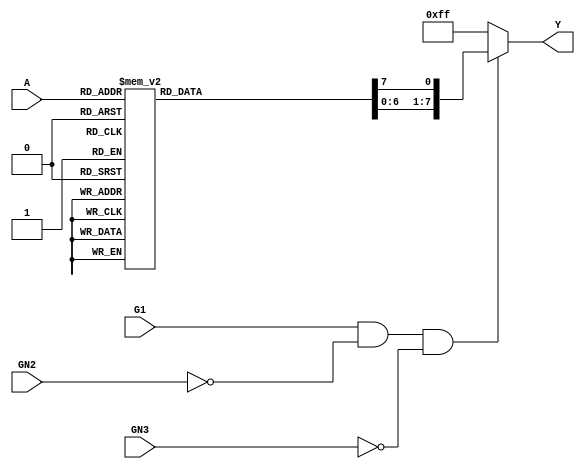
module decoder(A,G1,GN2,GN3,Y);
input [2:0]A;
input G1, GN2, GN3;
output [7:0]Y;
reg [7:0]Y;
assign EN = G1 & ~GN2 & ~GN3;

always @(A, G1, GN2, GN3)
   begin
      if(EN == 1)
         begin
            Y = 8'd255;
			case(A)
			   3'b000: Y[0] = 1'b0;
               3'b001: Y[1] = 1'b0;
               3'b010: Y[2] = 1'b0;
               3'b011: Y[3] = 1'b0;
               3'b100: Y[4] = 1'b0;
               3'b101: Y[5] = 1'b0;
               3'b110: Y[6] = 1'b0;
               3'b111: Y[7] = 1'b0;
               default: Y = 8'd255;
            endcase
         end
   else
      Y = 8'd255;
   end
endmodule